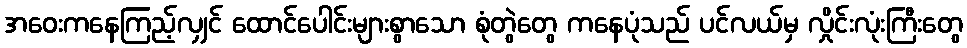
အဝေးကနေကြည့်လျှင် ထောင်ပေါင်းများစွာသော စုံတွဲတွေ ကနေပုံသည် ပင်လယ်မှ လှိုင်းလုံးကြီးတွေ